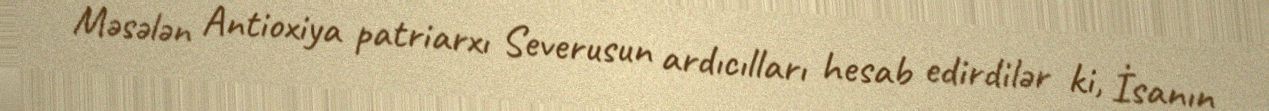
Məsələn Antioxiya patriarxı Severusun ardıcılları hesab edirdilər ki, İsanın